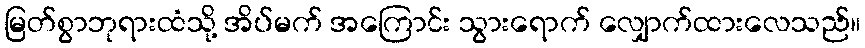
မြတ်စွာဘုရားထံသို့ အိပ်မက် အကြောင်း သွားရောက် လျှောက်ထားလေသည်။